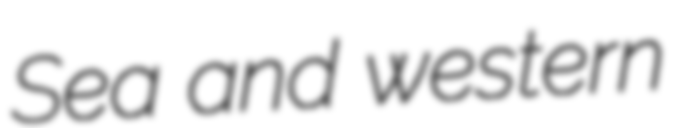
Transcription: Sea and western